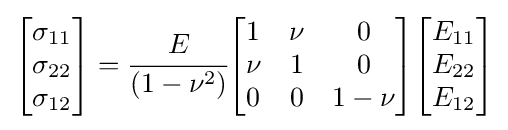
{\begin{bmatrix}\sigma _{11}\\\sigma _{22}\\\sigma _{12}\end{bmatrix}}={\cfrac {E}{(1-\nu ^{2})}}{\begin{bmatrix}1&\nu &0\\\nu &1&0\\0&0&1-\nu \end{bmatrix}}{\begin{bmatrix}E_{11}\\E_{22}\\E_{12}\end{bmatrix}}